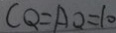
C Q = A Q = 1 0